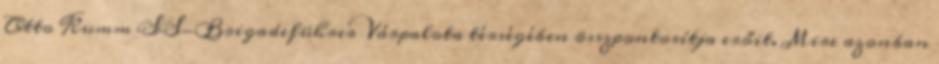
Otto Kumm SS-Brigadeführer Várpalota térségében összpontosítja erőit. Mire azonban